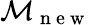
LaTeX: \mathcal{M}_{\mathrm{~n~e~w~}}